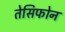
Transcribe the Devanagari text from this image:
तेसिफोन